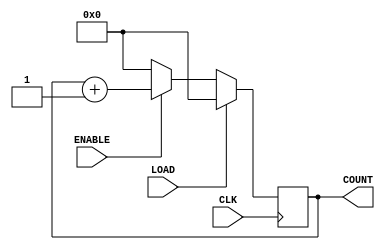
`timescale 1ns/1ps

module upcounter_6(CLK, ENABLE, LOAD, COUNT);
	parameter n = 6;
	input CLK, ENABLE, LOAD;
	output[n-1:0] COUNT; 
	reg[n-1:0] COUNT;
	
	always @(posedge CLK)
	begin
		if (LOAD == 1)
			COUNT <= {n{1'b0}};
		else if (ENABLE == 1)
			COUNT <= COUNT + 1'b1;
		else
			COUNT <= {n{1'b0}};
	end
endmodule